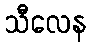
သီလေန